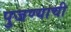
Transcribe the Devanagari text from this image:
पुजण्याची